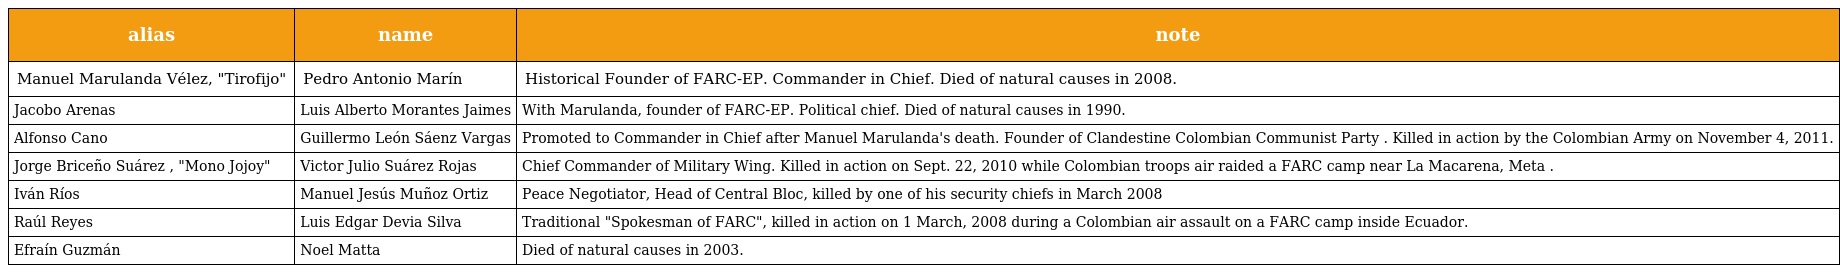
| alias | name | note |
 | --- | --- | --- |
 | Manuel Marulanda Vélez, "Tirofijo" | Pedro Antonio Marín | Historical Founder of FARC-EP. Commander in Chief. Died of natural causes in 2008. |
 | Jacobo Arenas | Luis Alberto Morantes Jaimes | With Marulanda, founder of FARC-EP. Political chief. Died of natural causes in 1990. |
 | Alfonso Cano | Guillermo León Sáenz Vargas | Promoted to Commander in Chief after Manuel Marulanda's death. Founder of Clandestine Colombian Communist Party . Killed in action by the Colombian Army on November 4, 2011. |
 | Jorge Briceño Suárez , "Mono Jojoy" | Victor Julio Suárez Rojas | Chief Commander of Military Wing. Killed in action on Sept. 22, 2010 while Colombian troops air raided a FARC camp near La Macarena, Meta . |
 | Iván Ríos | Manuel Jesús Muñoz Ortiz | Peace Negotiator, Head of Central Bloc, killed by one of his security chiefs in March 2008 |
 | Raúl Reyes | Luis Edgar Devia Silva | Traditional "Spokesman of FARC", killed in action on 1 March, 2008 during a Colombian air assault on a FARC camp inside Ecuador. |
 | Efraín Guzmán | Noel Matta | Died of natural causes in 2003. |